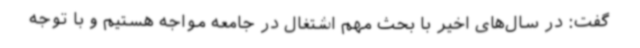
گفت: در سال‌های اخیر با بحث مهم اشتغال در جامعه مواجه هستیم و با توجه